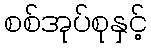
စစ်အုပ်စုနှင့်